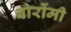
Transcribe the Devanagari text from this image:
बोर्रोमी